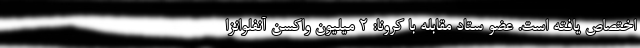
اختصاص یافته است. عضو ستاد مقابله با کرونا: 2 میلیون واکسن آنفلوانزا